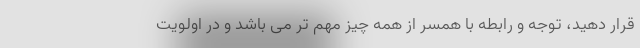
قرار دهید، توجه و رابطه با همسر از همه چیز مهم تر می باشد و در اولویت